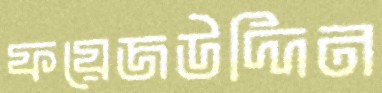
ফয়েজউদ্দিন